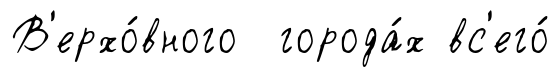
В'ерхо́вного города́х вс'его́